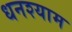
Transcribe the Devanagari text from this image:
धनश्याम